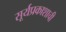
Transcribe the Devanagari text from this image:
सूर्यप्रकाशाची